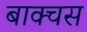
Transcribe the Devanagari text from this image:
बाक्चस